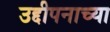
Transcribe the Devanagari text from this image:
उद्दीपनाच्या